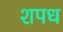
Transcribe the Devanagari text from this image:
शपध